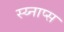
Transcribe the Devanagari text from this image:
स्य्नाप्स